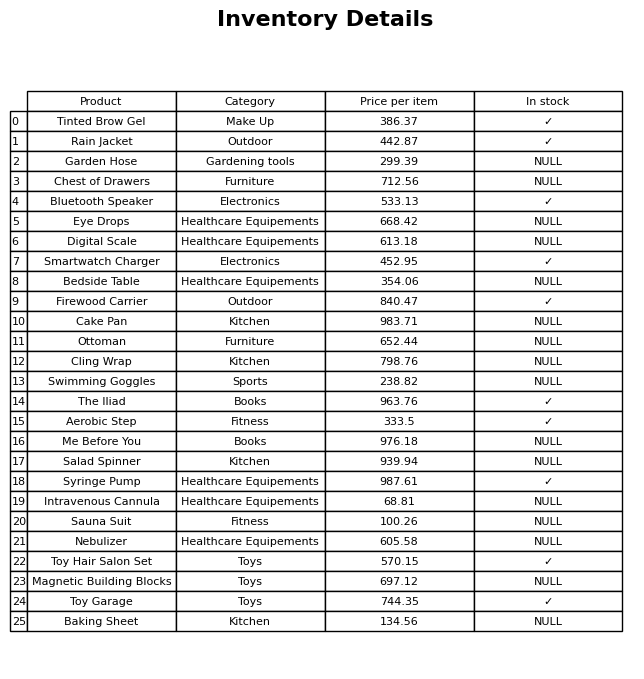
question: What is the price for Chest of Drawers?
answer: The price of Chest of Drawers is 712.56.